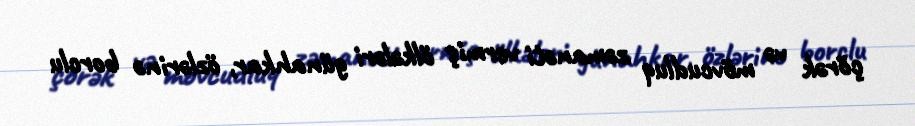
çörək və mövcudluq zəmanəti vermiş ölkələri günahkar, özlərinə borclu